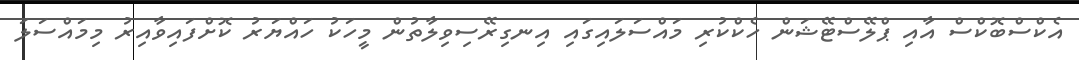
އެކްސްބޮކްސް އާއި ޕްލޭސްޓޭޝަން ހެކްކުރި މައްސަލައިގައި އިނގިރޭސިވިލާތުން މީހަކު ހައްޔަރު ކޮށްފައިވާއިރު މިމައްސަލަ